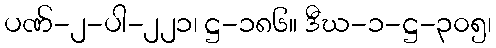
ပဏ်-၂-ပါ-၂၂၁၊ ဋ္ဌ-၁၈၆။ ဒီဃ-၁-ဋ္ဌ-၃၀၅၊